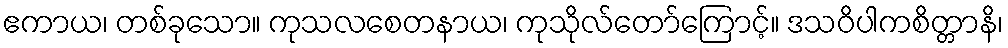
ဧကာယ၊ တစ်ခုသော။ ကုသလစေတနာယ၊ ကုသိုလ်တော်ကြောင့်။ ဒသဝိပါကစိတ္တာနိ၊